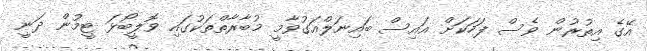
އޭގެ އިތުރުން ވެސް ފަހަކަށް އައިސް ބައިނަލްއަގުވާމީ މުބާރާތްތަކުގައި ވޮލީބޯޅަ ޓީމުން ދަނީ